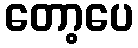
တော့ပေ